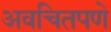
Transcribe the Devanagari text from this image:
अवचितपणे